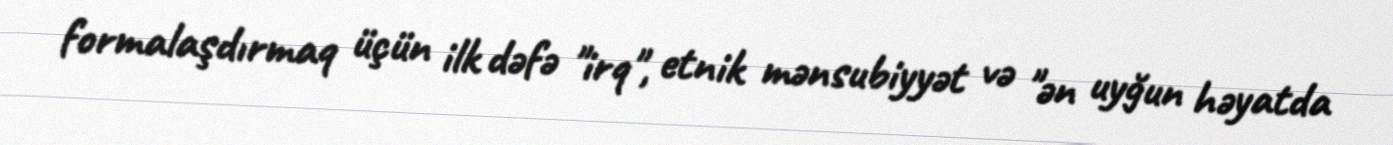
formalaşdırmaq üçün ilk dəfə "irq", etnik mənsubiyyət və "ən uyğun həyatda